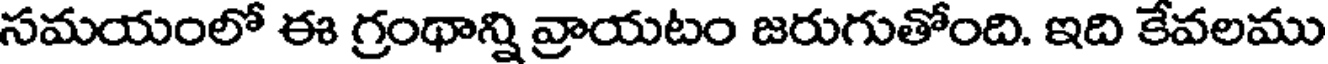
సమయంలో ఈ గ్రంథాన్ని వ్రాయటం జరుగుతోంది. ఇది కేవలము